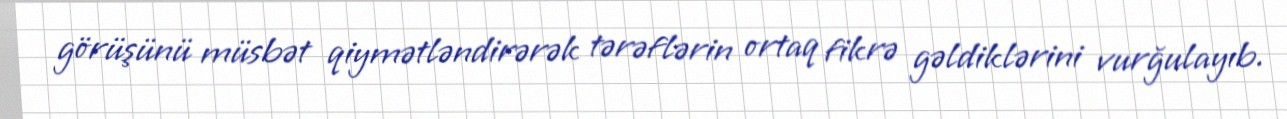
görüşünü müsbət qiymətləndirərək tərəflərin ortaq fikrə gəldiklərini vurğulayıb.